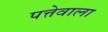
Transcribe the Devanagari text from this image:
पत्तेवाला